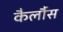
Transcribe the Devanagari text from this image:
कैर्लौस